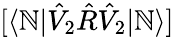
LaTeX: [\langle\mathbb{N}|\hat{{V}}_{2}\hat{{R}}\hat{{V}}_{2}|\mathbb{N}\rangle]